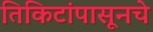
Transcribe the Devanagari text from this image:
तिकिटांपासूनचे